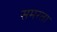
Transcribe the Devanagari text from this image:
समरता